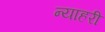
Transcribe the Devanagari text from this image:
न्याहरी